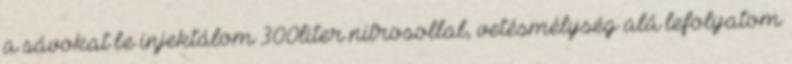
a sávokat be injektálom 300liter nitrosollal, vetésmélység alá lefolyatom